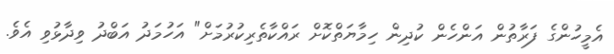
އެމީހުންގެ ފަރާތުން އަންހެން ކުދިން ހިމާޔަތްކޮށް ރައްކާތެރިކުރުމަށް" އަހުމަދު އަބްދު ވިދާޅުވި އެވެ.